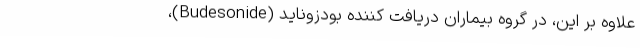
علاوه بر این، در گروه بیماران دریافت کننده بودزوناید (Budesonide)،